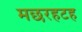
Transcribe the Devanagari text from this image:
मछरहटह